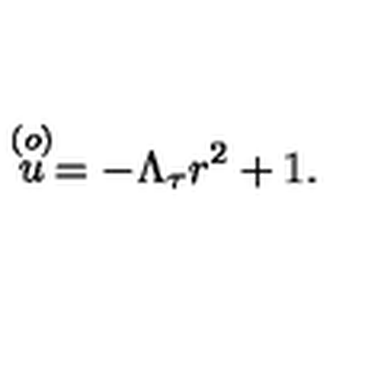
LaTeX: \stackrel { ( o ) } { u } = - \Lambda _ { \tau } r ^ { 2 } + 1 .